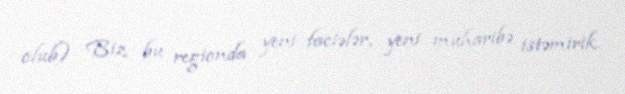
olub) Biz bu regionda yeni faciələr, yeni müharibə istəmirik.